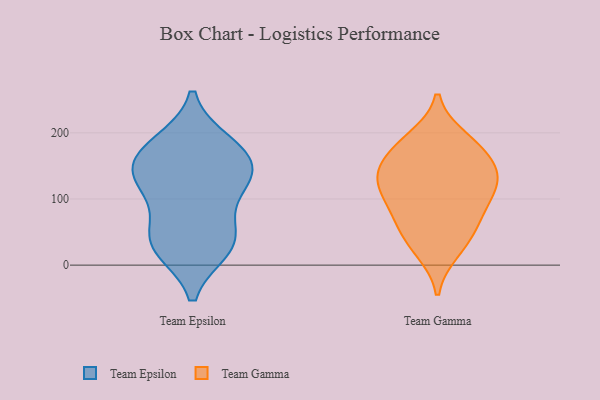
{"axis": {"x": "Satisfaction Score", "y": "Value"}, "legend": ["Team Epsilon", "Team Gamma"], "data": [{"x": "", "y": 161, "type": "Team Epsilon"}, {"x": "", "y": 29, "type": "Team Epsilon"}, {"x": "", "y": 183, "type": "Team Epsilon"}, {"x": "", "y": 123, "type": "Team Epsilon"}, {"x": "", "y": 122, "type": "Team Epsilon"}, {"x": "", "y": 49, "type": "Team Epsilon"}, {"x": "", "y": 41, "type": "Team Epsilon"}, {"x": "", "y": 124, "type": "Team Epsilon"}, {"x": "", "y": 26, "type": "Team Epsilon"}, {"x": "", "y": 176, "type": "Team Epsilon"}, {"x": "", "y": 152, "type": "Team Epsilon"}, {"x": "", "y": 66, "type": "Team Gamma"}, {"x": "", "y": 183, "type": "Team Gamma"}, {"x": "", "y": 114, "type": "Team Gamma"}, {"x": "", "y": 153, "type": "Team Gamma"}, {"x": "", "y": 111, "type": "Team Gamma"}, {"x": "", "y": 88, "type": "Team Gamma"}, {"x": "", "y": 142, "type": "Team Gamma"}, {"x": "", "y": 22, "type": "Team Gamma"}, {"x": "", "y": 35, "type": "Team Gamma"}, {"x": "", "y": 191, "type": "Team Gamma"}, {"x": "", "y": 64, "type": "Team Gamma"}, {"x": "", "y": 128, "type": "Team Gamma"}, {"x": "", "y": 173, "type": "Team Gamma"}, {"x": "", "y": 132, "type": "Team Gamma"}]}